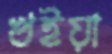
খইয়া